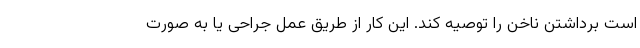
است برداشتن ناخن را توصیه کند. این کار از طریق عمل جراحی یا به صورت